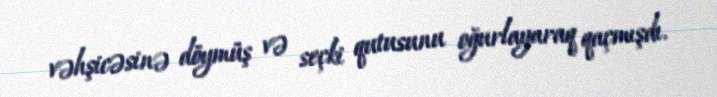
vəhşicəsinə döymüş və seçki qutusunu oğurlayaraq qaçmışdı.